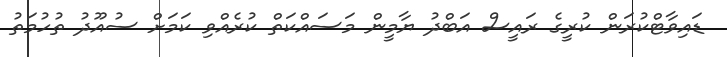
ޑައިވާޓްކުރަން ކުރީގެ ރައީސް އަބްދު ޔާމީން މަސައްކަތް ކުރެއްވި ކަމަށް ސުއޫދު ތުހުމަތު